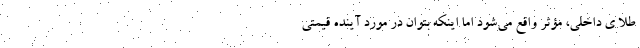
طلا ی داخلی، مؤثر واقع می‌شود اما اینکه بتوان در مورد آینده قیمتی